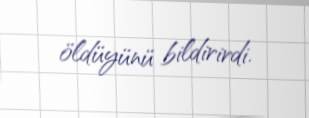
öldüyünü bildirirdi.